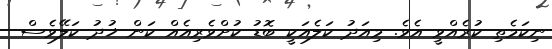
ނިކަމެތި ކުރެއްވީ އެވެ. މިއަދު ކަލެއަކީ ބޮޑު ކުށްވެރިއެއް ކަން ޚުދު ކަލޭވެސް